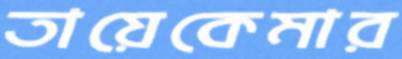
তায়েকেমার